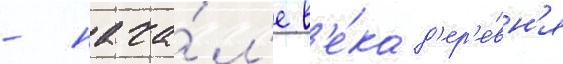
- нача́л'е в'е́ка д'ер'е́вн'я